Vaccination in Bombay 1902-1912 - 1902-1912
Year: 1902
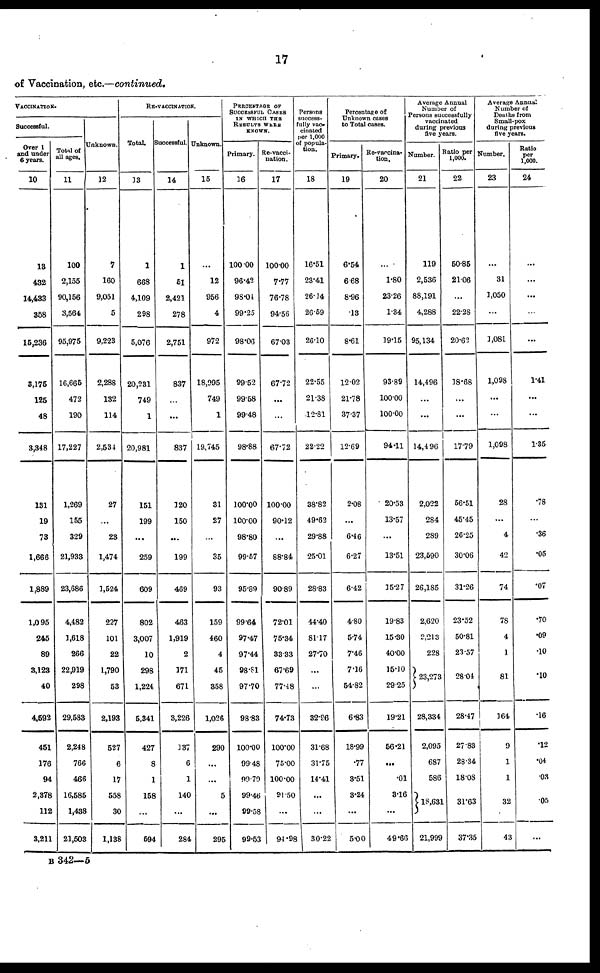
17
of Vaccination, etc.—continued.
VACCINATION.
Successful.
Over 1
and under
6 years.
10
13
432
14,433
358
15,236
3,175
125
48
3,348
131
19
73
1,666
1,889
1,095
245
89
3,123
40
4,592
451
176
94
2,378
112
3,211
Total of
all ages.
11
100
2,155
90,156
3,564
95,975
16,665
472
190
17,227
1,269
155
329
21,933
23,686
4,482
1,618
266
22,919
298
29,583
2,248
766
466
16,585
1,438
21,503
Unknown.
12
7
160
9,051
5
9,223
2,288
132
114
2,534
27
...
23
1,474
3,524
227
101
22
1,790
53
2,193
527
6
17
558
30
1,138
RE-VACCINATION.
Total.
13
1
668
4,109
298
5,076
20,231
749
1
20,981
151
199
...
259
609
802
3,007
10
298
1,224
5,341
427
8
1
158
...
594
Successful.
14
1
51
2,421
278
2,751
837
...
...
837
120
150
...
199
469
463
1,919
2
171
671
3,226
137
6
1
140
...
284
Unknown.
15
...
12
956
4
972
18,095
749
1
19,745
31
27
...
35
93
159
460
4
45
358
1,026
290
...
...
5
...
295
PERCENTAGE OF
SUCCESSFUL CASES
IN WHICH THE
RESULTS WERE
KNOWN.
Primary.
36
100.00
96.42
98.04
99.25
98.06
99.52
99.58
99.48
98.88
100.00
100.00
98.80
99.57
95.89
99.64
97.47
97.44
98.81
97.70
98.83
100.00
99.48
99.79
99.46
99.58
99.53
Re-vacci-
nation.
17
100.00
7.77
76.78
94.56
67.03
67.72
...
...
67.72
100.00
90.12
...
88.84
90.89
72.01
75.34
33.33
67.69
77.48
74.73
100.00
75.00
100.00
91.50
...
94.98
Persons
success-
fully vac-
cinated
per 1,000
of popula-
tion.
18
16.51
23.41
26.14
26.59
26.10
22.55
21.38
12.81
22.22
38.82
49.62
29.88
25.01
28.83
44.40
81.17
27.70
...
...
32.96
31.68
31.75
14.41
...
...
30.22
Percentage of
Unknown cases
to Total cases.
Primary.
19
6.54
6.68
8.96
.13
8.61
12.02
21.78
37.37
12.69
2.08
...
6.46
6.27
6.42
4.80
5.74
7.46
7.16
54.82
6.83
18.99
.77
3.51
3.24
...
5.00
Re-vaccina-
tion.
20
...
1.80
23.26
1.34
19.15
93.89
100.00
100.00
94.11
20.53
13.57
...
13.51
15.27
19.83
15.30
40.00
15.10
29.25
19.21
56.21
...
.01
3.16
...
49.66
Average Annual
Number of
Persons successfully
vaccinated
during previous
five years.
Number.
21
119
2,536
88,191
4,288
95,134
14,496
...
...
14,496
2,022
284
289
23,590
26,185
2,620
2,213
228
23,273
28,334
2,095
687
586
18,631
21,999
Ratio per
1,000.
22
50.85
21.06
...
22.28
20.62
18.68
...
...
17.79
56.51
45.45
26.25
30.06
31.26
23.52
50.81
23.57
28.04
28.47
27.83
28.34
18.08
31.63
37.35
Average Annual
Number of
Deaths from
Small-pox
during previous
five years.
Number.
23
...
31
1,050
...
1,081
1,098
...
...
1,098
28
...
4
42
74
78
4
1
81
164
9
1
1
32
43
Ratio
per
1,000.
24
...
...
...
...
...
1.41
...
...
1.35
.78
...
.36
.05
.07
.70
.09
.10
.10
.16
.12
.04
.03
.05
...
B 342—5